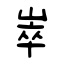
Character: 崒